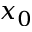
x _ { 0 }